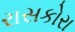
રાસકોરા